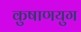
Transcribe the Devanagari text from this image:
कुषाणयुग